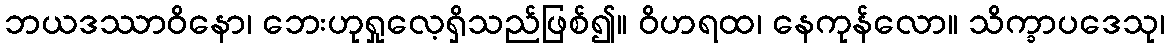
ဘယဒဿာဝိနော၊ ဘေးဟုရှုလေ့ရှိသည်ဖြစ်၍။ ဝိဟရထ၊ နေကုန်လော။ သိက္ခာပဒေသု၊